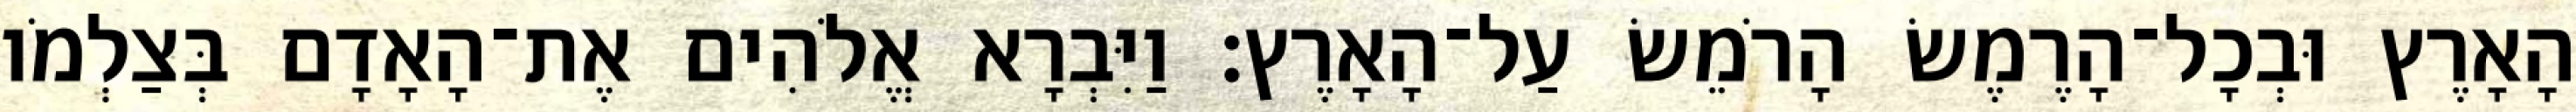
הָאָרֶץ וּבְכָל־הָרֶמֶשׂ הָרֹמֵשׂ עַל־הָאָרֶץ׃ וַיִּבְרָא אֱלֹהִים אֶת־הָאָדָם בְּצַלְמֹו